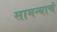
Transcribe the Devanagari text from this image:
सामन्याचं